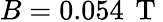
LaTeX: B=0.054\, \mathrm{~T~}